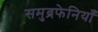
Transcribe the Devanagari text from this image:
समुद्रफेनियाँ